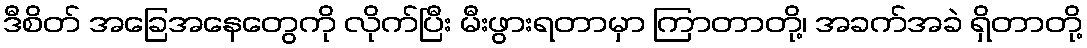
ဒီစိတ် အခြေအနေတွေကို လိုက်ပြီး မီးဖွားရတာမှာ ကြာတာတို့၊ အခက်အခဲ ရှိတာတို့